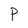
Character: P